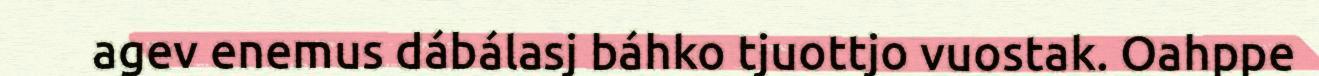
agev enemus dábálasj báhko tjuottjo vuostak. Oahppe